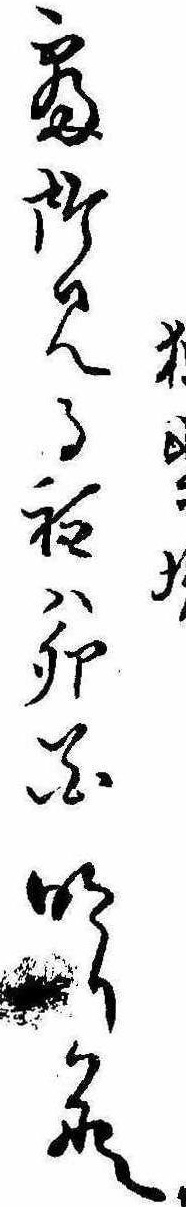
坊寝所見る程は卯花明りかな